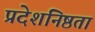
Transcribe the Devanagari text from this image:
प्रदेशनिष्ठता